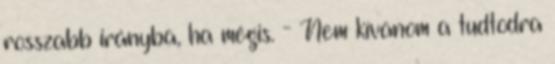
rosszabb irányba, ha mégis. - Nem kívánom a tudtodra